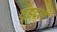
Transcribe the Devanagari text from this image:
वृहदल